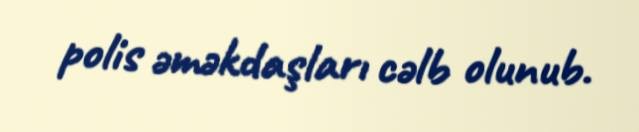
polis əməkdaşları cəlb olunub.